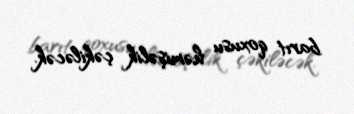
barıt qoxusu həmişəlik çəkiləcək.